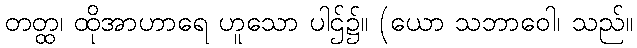
တတ္ထ၊ ထိုအာဟာရေ ဟူသော ပါဌ်၌။ (ယော သဘာဝေါ၊ သည်။